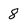
Character: 8